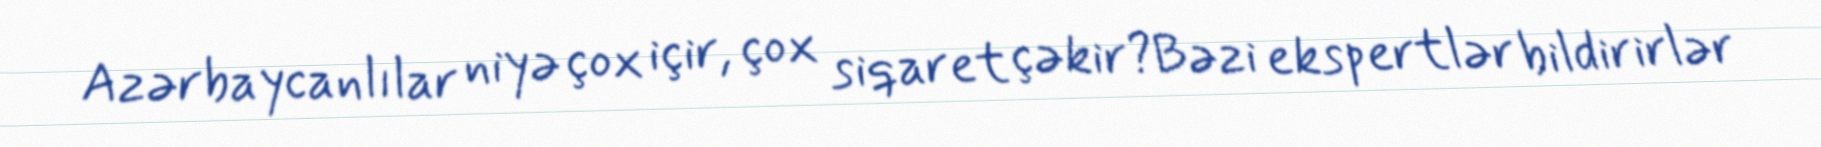
Azərbaycanlılar niyə çox içir, çox siqaret çəkir?Bəzi ekspertlər bildirirlər